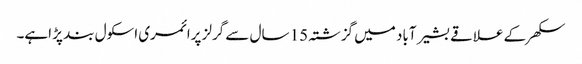
سکھر کے علاقے بشیر آباد میں گزشتہ 15 سال سے گرلز پرائمری اسکول بند پڑ اہے۔